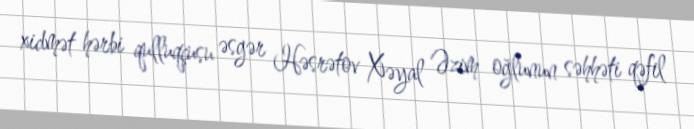
xidmət hərbi qulluqçusu əsgər Həsrətov Xəyal Əzim oğlunun səhhəti qəfil